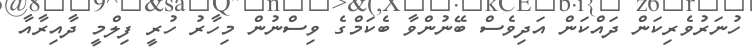
ހުނަރުވެރިކަން ދައްކަން އަދިވެސް ބޭނުންވާ ބެކަމްގެ ވިސްނުން މިހާރު ހުރީ ފިލްމީ ދާއިރާއާ